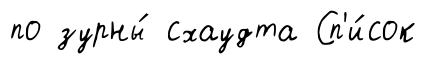
по зурны́ схаудта Сп'и́сок